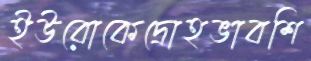
ইউরোকেদ্রোহভাবশি